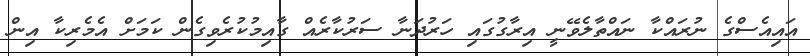
އައިއެސްގެ ނުރައްކާ ނައްތާލެވޭނީ އިރާގުގައި ހަރުދަނާ ސަރުކާރެއް ގާއިމުކުރެވިގެން ކަމަށް އެމެރިކާ އިން